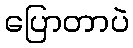
ပြောတာပဲ